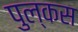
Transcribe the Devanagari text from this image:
पुल्कस